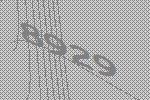
8929